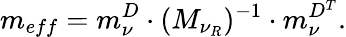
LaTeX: m_{eff}=m_{\nu}^{D}\cdot(M_{\nu_{R}})^{-1}\cdot m_{\nu}^{D^{\normalsize T}}.